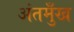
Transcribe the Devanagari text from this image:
अंतमुँख